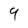
Character: 9